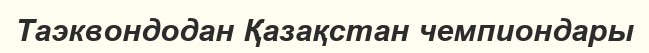
Таэквондодан Қазақстан чемпиондары